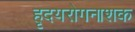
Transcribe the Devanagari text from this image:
हृदयरोगनाशक